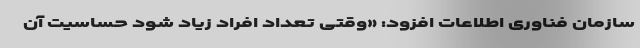
سازمان فناوری اطلاعات افزود: «وقتی تعداد افراد زیاد شود حساسیت آن